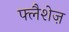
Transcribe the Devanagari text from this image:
फ्लैशेज़